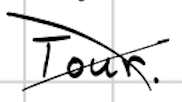
Text: Tour.
Cross-out: cross
Writing tool: digital_black